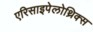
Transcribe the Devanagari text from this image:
एरिसाइपेलोथ्रिक्स